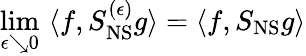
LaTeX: \operatorname*{lim}_{\epsilon\searrow 0}\, \, \langle f,S_{\mathrm{NS}}^{(\epsilon)}g\rangle=\langle f,S_{\mathrm{NS}}g\rangle